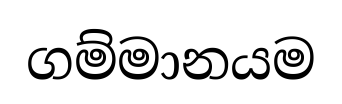
ගම්මානයම